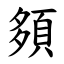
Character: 䫂